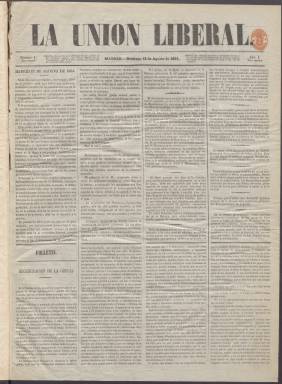
Título: La Unión liberal
Colección: Periódicos
Ámbito geográfico: Madrid
Lugar de publicación: Madrid
Fechas: 13/08/1854-02/12/1854